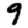
Digit: 9